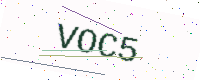
Text: VOC5